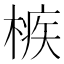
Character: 槉